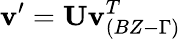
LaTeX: \textbf{v}^{\prime}=\textbf{U}\textbf{v}_{(BZ-\Gamma)}^{T}